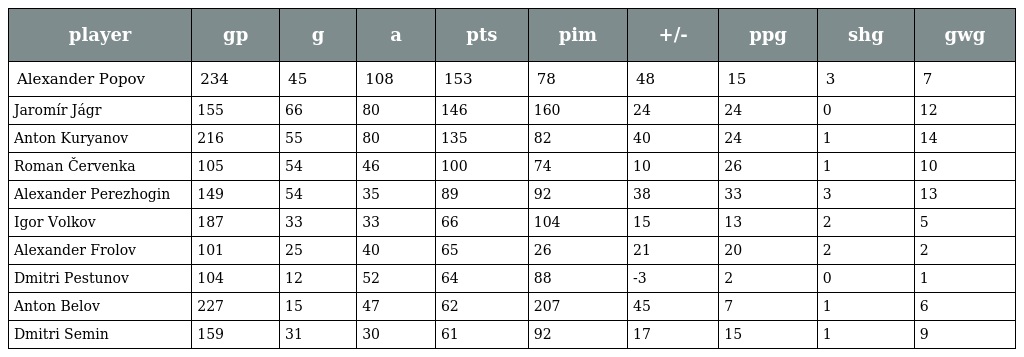
| player | gp | g | a | pts | pim | +/- | ppg | shg | gwg |
 | --- | --- | --- | --- | --- | --- | --- | --- | --- | --- |
 | Alexander Popov | 234 | 45 | 108 | 153 | 78 | 48 | 15 | 3 | 7 |
 | Jaromír Jágr | 155 | 66 | 80 | 146 | 160 | 24 | 24 | 0 | 12 |
 | Anton Kuryanov | 216 | 55 | 80 | 135 | 82 | 40 | 24 | 1 | 14 |
 | Roman Červenka | 105 | 54 | 46 | 100 | 74 | 10 | 26 | 1 | 10 |
 | Alexander Perezhogin | 149 | 54 | 35 | 89 | 92 | 38 | 33 | 3 | 13 |
 | Igor Volkov | 187 | 33 | 33 | 66 | 104 | 15 | 13 | 2 | 5 |
 | Alexander Frolov | 101 | 25 | 40 | 65 | 26 | 21 | 20 | 2 | 2 |
 | Dmitri Pestunov | 104 | 12 | 52 | 64 | 88 | -3 | 2 | 0 | 1 |
 | Anton Belov | 227 | 15 | 47 | 62 | 207 | 45 | 7 | 1 | 6 |
 | Dmitri Semin | 159 | 31 | 30 | 61 | 92 | 17 | 15 | 1 | 9 |